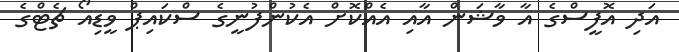
އަދި އޮފީސްގެ އާ ވާޝަން އާއި އެއްކޮށް އެކުންފުނީގެ ސްކައިޕް ވީޑިއޯ ޗެޓްގެ